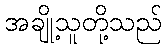
အချို့သူတို့သည်